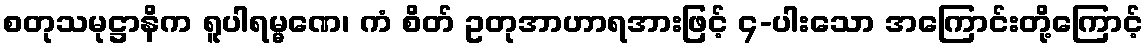
စတုသမုဋ္ဌာနိက ရူပါရမ္မဏေ၊ ကံ စိတ် ဥတုအာဟာရအားဖြင့် ၄-ပါးသော အကြောင်းတို့ကြောင့်